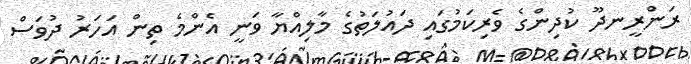
ރަންރީނދޫ ކުދިންގެ ވެރިކަމުގައި ދައުލަތުގެ މާލިއްޔާ ވަނީ އެންމެ ތިން އަހަރު ދުވަސް